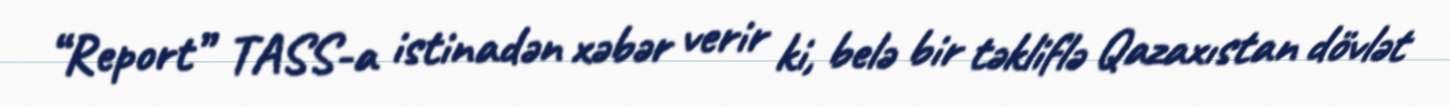
“Report” TASS-a istinadən xəbər verir ki, belə bir təkliflə Qazaxıstan dövlət